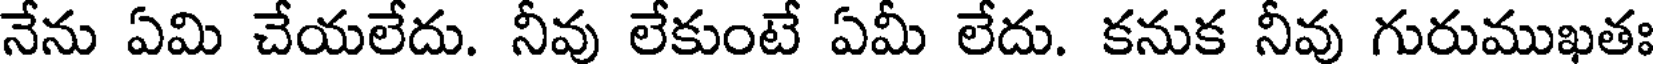
నేను ఏమి చేయలేదు. నీవు లేకుంటే ఏమీ లేదు. కనుక నీవు గురుముఖతః